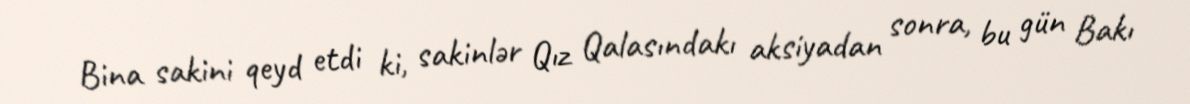
Bina sakini qeyd etdi ki, sakinlər Qız Qalasındakı aksiyadan sonra, bu gün Bakı